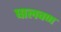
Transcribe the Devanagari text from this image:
घालवण